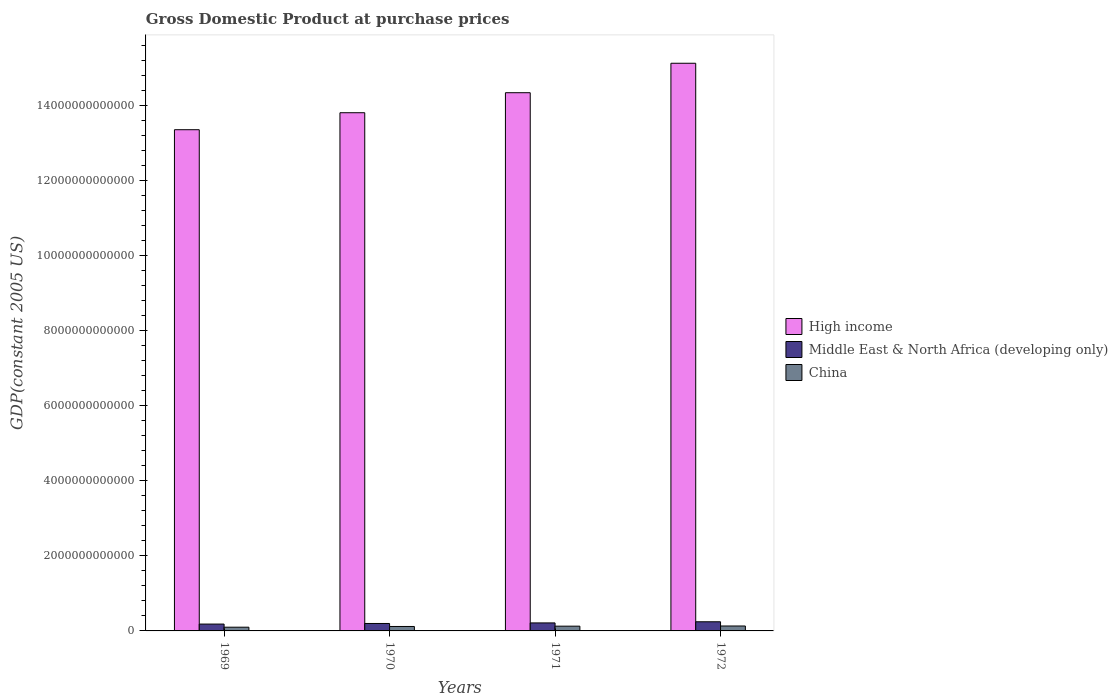
| Years | High income | Middle East & North Africa (developing only) | China |
 | --- | --- | --- | --- |
 | 1969 | 1.33e+13 | 1.83e+11 | 9.9e+10 |
 | 1970 | 1.38e+13 | 1.98e+11 | 1.18e+11 |
 | 1971 | 1.43e+13 | 2.13e+11 | 1.27e+11 |
 | 1972 | 1.51e+13 | 2.43e+11 | 1.31e+11 |